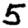
Digit: 5